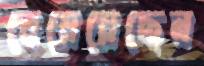
বেয়েয়েছেন